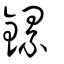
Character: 鏍